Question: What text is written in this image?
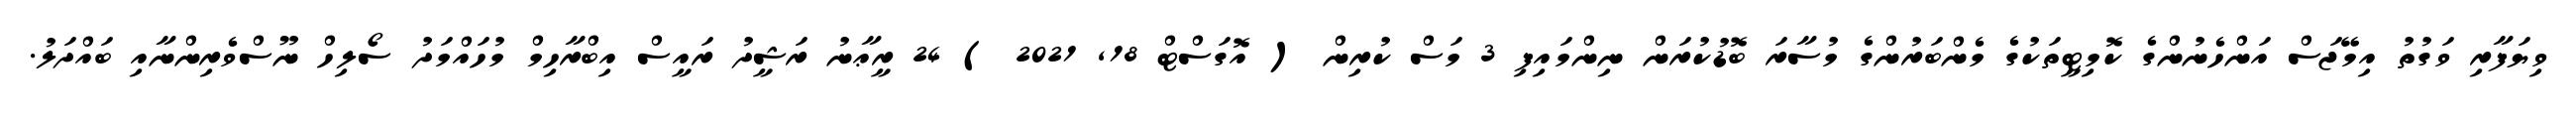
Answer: ވިޔަފާރި ވަގުތު އިމޭޖަސް އަންހެނުންގެ ކޮމިޓީތަކުގެ މެންބަރުންގެ މުސާރަ ބޮޑުކުރަން ނިންމައިފި 3 މަސް ކުރިން ( އޮގަސްޓް 18, 2021 ) 24 ރީޢާނު ރަޝީދު ރައީސް އިބްރާހިމް މުހައްމަދު ސޯލިހް ނޫސްވެރިންނާއި ބައްދަލު.